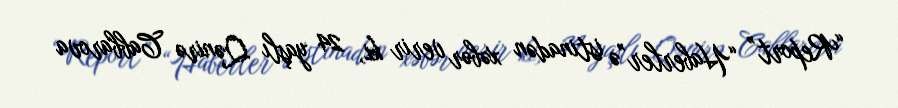
“Report” “Haberler”ə istinadən xəbər verir ki, 24 yaşlı Qənirə Cabbarova